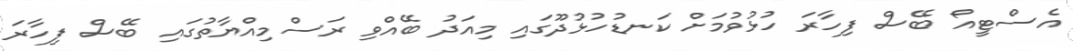
އެސްޓީއޯ ބޭސް ފިހާރަ ހުުޅުވުމަށް ކަނޑުހުޅުދޫގައި މިއަދު ބޭއްވި ރަސްމިއްޔާތުގައި ބޭސް ފިހާރަ